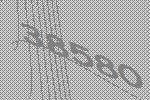
38580